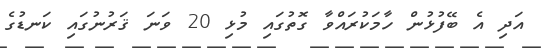
އަދި އެ ބޭފުޅުން ހާމަކުރައްވާ ގޮތުގައި މުޅި 20 ވަނަ ޤަރުނުގައި ކަނޑުގެ